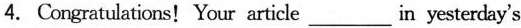
4. Congratulations!Your article___in yesterday's